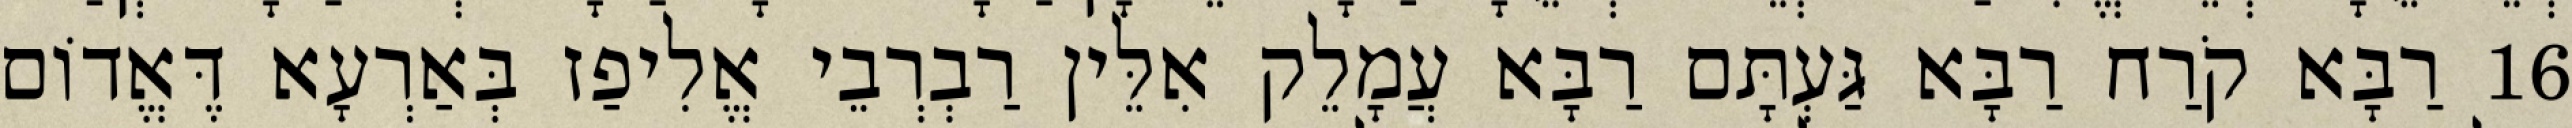
16 רַבָּא קֹרַח רַבָּא גַּעְתָּם רַבָּא עֲמָלֵק אִלֵּין רַבְרְבֵי אֱלִיפַז בְּאַרְעָא דֶּאֱדוֹם